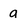
Character: a